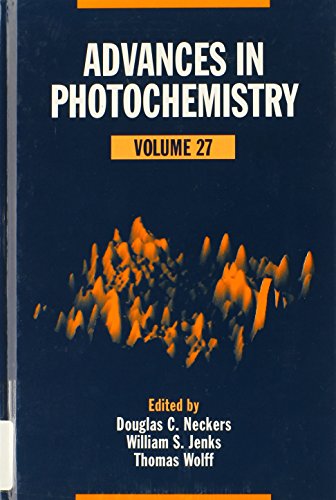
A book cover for Advances in Photochemistry (Volume 27); Science & Math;